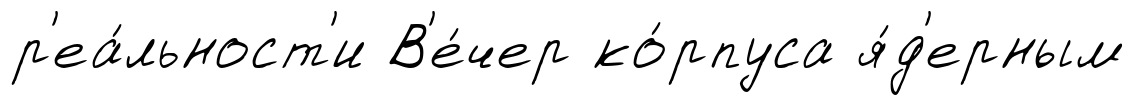
р'еа́льност'и В'е́чер ко́рпуса я́д'ерным